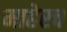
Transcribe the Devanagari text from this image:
माहेरच